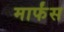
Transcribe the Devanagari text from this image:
मार्फंस